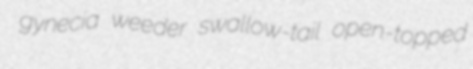
gynecia weeder swallow-tail open-topped